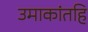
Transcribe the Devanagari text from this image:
उमाकांतहि